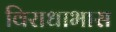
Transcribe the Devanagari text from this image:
विराधाभास